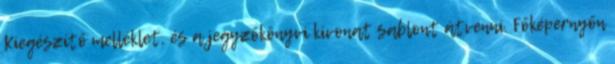
Kiegészítő melléklet, és a jegyzőkönyvi kivonat sablont átvenni. Főképernyőn